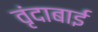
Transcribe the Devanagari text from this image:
वृंदाबाई